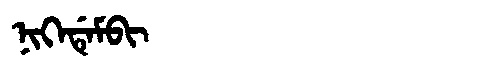
Manchu: ᠨᡳᡴᡝᡩᡝᠮᠪᡳ
Romanization: NIKEDEMBI